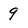
Character: 9